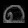
Digit: ၈